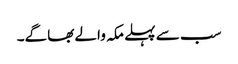
سب سے پہلے مکہ والے بھاگے۔